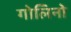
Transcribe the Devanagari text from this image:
गोलिनो